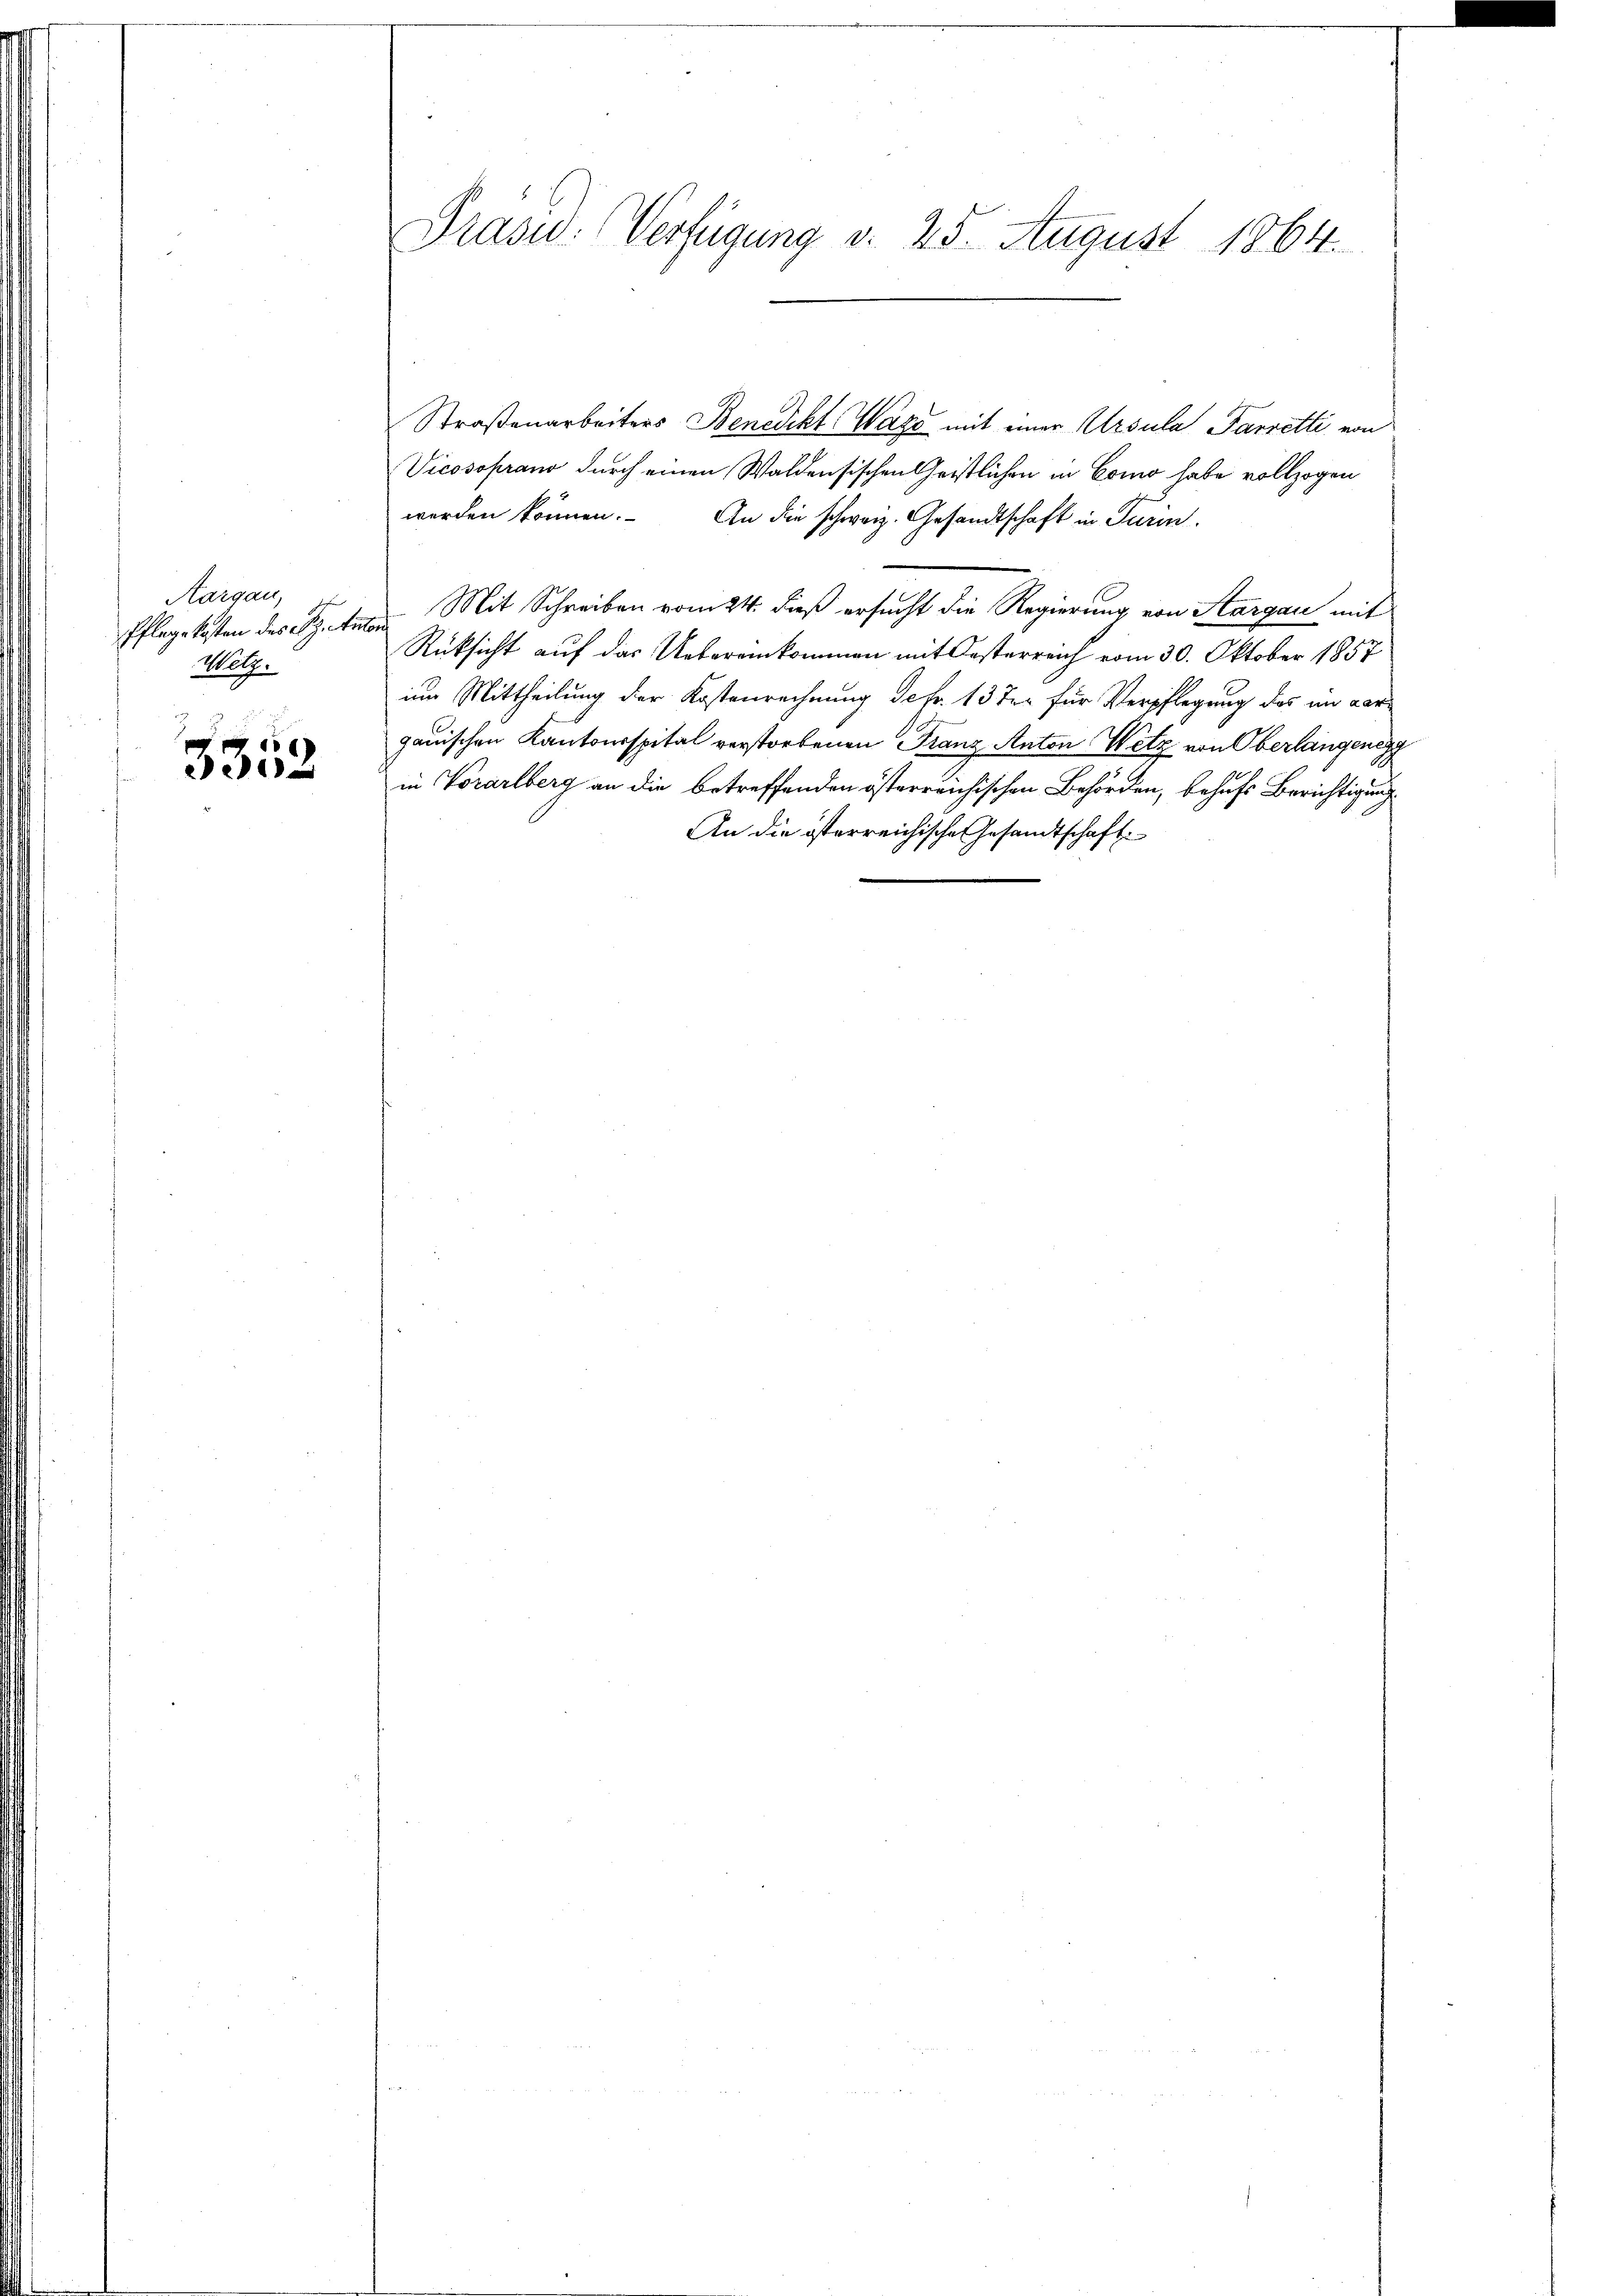
Aargau
Wilz.

3353

Prasw. Verfügung v. 25. August 1864.

Straßenarbeiters Benedikt, Wage mit einer Ursula Parretti von
Vicosoprano durch einen Waldensischen Geistlichen in Como habe vollzogen
werden können. An die schweiz. Gesandtschaft in Turin
Pflege kosten der Spitalen Mit Schreiben vom 24. dieß ersucht die Regierung von Aargau mit
Rüksicht auf das Uebereinkommen mit Kosterreich vom 30. Oktober 1857
um Mittheilung der Kostenrechnung Sefr. 13 der für Verpflegung des in dargauischen Kantonsspital verstorbenen Franz Anton Wetz von Oberlangenegg
in Vorarlberg an die betreffenden österreichischen Behörden, behufs Berichtigung
An die österreichische Gesandtschaft